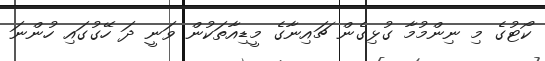
ކޯޓުގެ މި ނިންމުމާ ގުޅިގެން ޗައިނާގެ މީޑިއާތަކުން ވަނީ ދަ ހޭގުގައި ހުންނަ